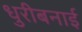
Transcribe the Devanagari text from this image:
धुरीबनाई